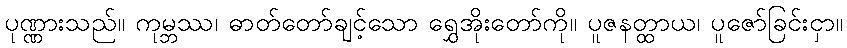
ပုဏ္ဏားသည်။ ကုမ္ဘဿ၊ ဓာတ်တော်ချင့်သော ရွှေအိုးတော်ကို။ ပူဇနတ္ထာယ၊ ပူဇော်ခြင်းငှာ။